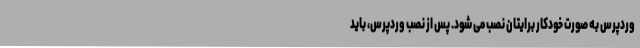
وردپرس به صورت خودکار برایتان نصب می شود. پس از نصب وردپرس، باید